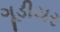
ગૂડીયર